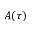
A ( \tau )